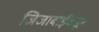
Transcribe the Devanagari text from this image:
जिजाबाईंकडून